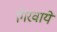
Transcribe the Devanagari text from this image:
गिरवायें